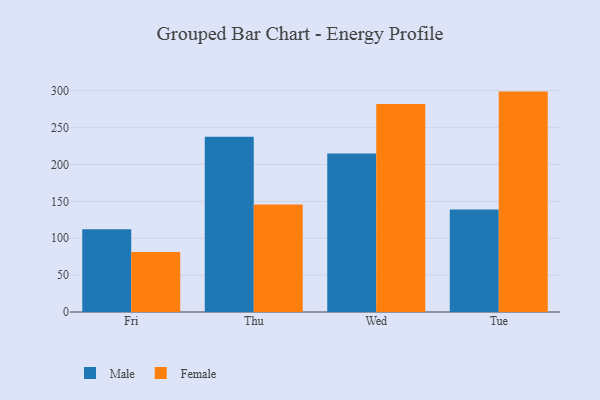
{"axis": {"x": "Day", "y": "Production Output"}, "legend": ["Female", "Male"], "data": [{"x": "Fri", "y": 112.2, "type": "Male"}, {"x": "Fri", "y": 81.3, "type": "Female"}, {"x": "Thu", "y": 237.5, "type": "Male"}, {"x": "Thu", "y": 145.6, "type": "Female"}, {"x": "Wed", "y": 214.8, "type": "Male"}, {"x": "Wed", "y": 281.9, "type": "Female"}, {"x": "Tue", "y": 138.9, "type": "Male"}, {"x": "Tue", "y": 298.8, "type": "Female"}]}